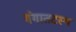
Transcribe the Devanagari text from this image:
गंगातटस्थ